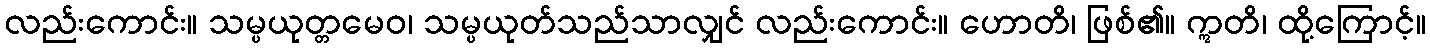
လည်းကောင်း။ သမ္ပယုတ္တမေဝ၊ သမ္ပယုတ်သည်သာလျှင် လည်းကောင်း။ ဟောတိ၊ ဖြစ်၏။ ဣတိ၊ ထို့ကြောင့်။